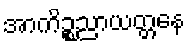
အာကိဉ္စညာယတ္တနေ